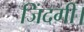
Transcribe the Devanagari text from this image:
जिंदगी।